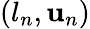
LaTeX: (l_{n},\mathbf{u}_{n})